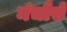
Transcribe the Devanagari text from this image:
मंचौसे